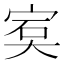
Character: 𡨮